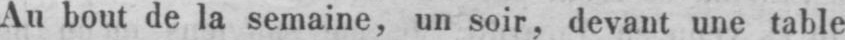
Au bout de la semaine, un soir, devant une table